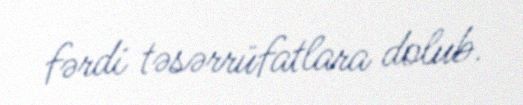
fərdi təsərrüfatlara dolub.